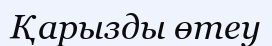
Қарызды өтеу